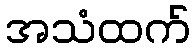
အသံထက်